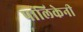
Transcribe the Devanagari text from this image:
पालिकेनी